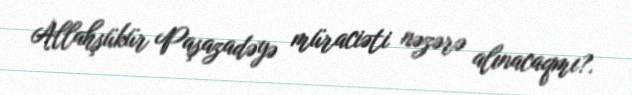
Allahşükür Paşazadəyə müraciəti nəzərə alınacaqmı?.